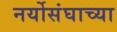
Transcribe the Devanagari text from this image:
नर्योसंघाच्या